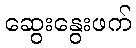
ဆွေးနွေးဖက်